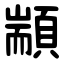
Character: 顓